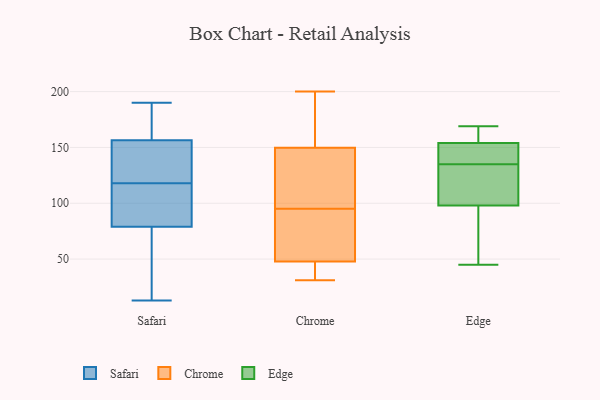
{"axis": {"x": "Website Visitors", "y": "Value"}, "legend": ["Chrome", "Edge", "Safari"], "data": [{"x": "", "y": 120, "type": "Safari"}, {"x": "", "y": 190, "type": "Safari"}, {"x": "", "y": 72, "type": "Safari"}, {"x": "", "y": 158, "type": "Safari"}, {"x": "", "y": 155, "type": "Safari"}, {"x": "", "y": 96, "type": "Safari"}, {"x": "", "y": 124, "type": "Safari"}, {"x": "", "y": 13, "type": "Safari"}, {"x": "", "y": 170, "type": "Safari"}, {"x": "", "y": 85, "type": "Safari"}, {"x": "", "y": 145, "type": "Safari"}, {"x": "", "y": 59, "type": "Safari"}, {"x": "", "y": 168, "type": "Safari"}, {"x": "", "y": 82, "type": "Safari"}, {"x": "", "y": 176, "type": "Safari"}, {"x": "", "y": 31, "type": "Safari"}, {"x": "", "y": 95, "type": "Safari"}, {"x": "", "y": 116, "type": "Safari"}, {"x": "", "y": 124, "type": "Safari"}, {"x": "", "y": 76, "type": "Safari"}, {"x": "", "y": 99, "type": "Chrome"}, {"x": "", "y": 146, "type": "Chrome"}, {"x": "", "y": 35, "type": "Chrome"}, {"x": "", "y": 187, "type": "Chrome"}, {"x": "", "y": 113, "type": "Chrome"}, {"x": "", "y": 70, "type": "Chrome"}, {"x": "", "y": 51, "type": "Chrome"}, {"x": "", "y": 105, "type": "Chrome"}, {"x": "", "y": 38, "type": "Chrome"}, {"x": "", "y": 182, "type": "Chrome"}, {"x": "", "y": 161, "type": "Chrome"}, {"x": "", "y": 38, "type": "Chrome"}, {"x": "", "y": 64, "type": "Chrome"}, {"x": "", "y": 70, "type": "Chrome"}, {"x": "", "y": 200, "type": "Chrome"}, {"x": "", "y": 31, "type": "Chrome"}, {"x": "", "y": 95, "type": "Chrome"}, {"x": "", "y": 116, "type": "Edge"}, {"x": "", "y": 142, "type": "Edge"}, {"x": "", "y": 128, "type": "Edge"}, {"x": "", "y": 103, "type": "Edge"}, {"x": "", "y": 159, "type": "Edge"}, {"x": "", "y": 149, "type": "Edge"}, {"x": "", "y": 166, "type": "Edge"}, {"x": "", "y": 148, "type": "Edge"}, {"x": "", "y": 93, "type": "Edge"}, {"x": "", "y": 45, "type": "Edge"}, {"x": "", "y": 82, "type": "Edge"}, {"x": "", "y": 169, "type": "Edge"}]}